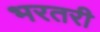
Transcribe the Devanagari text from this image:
भरतरी